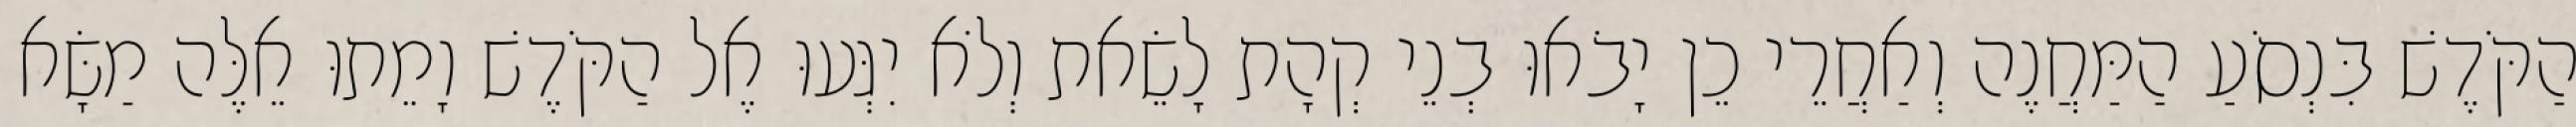
הַקֹּדֶשׁ בִּנְסֹעַ הַמַּחֲנֶה וְאַחֲרֵי כֵן יָבֹאוּ בְנֵי קְהָת לָשֵׂאת וְלֹא יִגְּעוּ אֶל הַקֹּדֶשׁ וָמֵתוּ אֵלֶּה מַשָּׂא